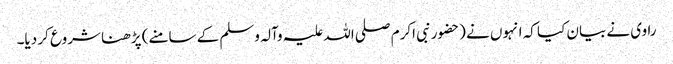
راوی نے بیان کیا کہ انہوں نے (حضورنبی اکرم صلی اللہ علیہ وآلہ وسلم کے سامنے) پڑھنا شروع کر دیا۔